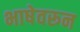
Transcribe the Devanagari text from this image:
भाषेवरून